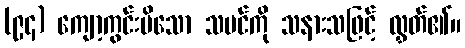
(၉၄) ကျော့ကွင်းမိသော သမင်ကို သနားသဖြင့် လွှတ်၏။